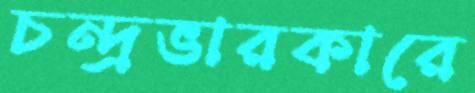
চন্দ্রভারকারে